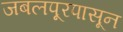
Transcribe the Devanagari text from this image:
जबलपूरपासून